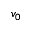
v _ { 0 }